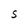
Character: S